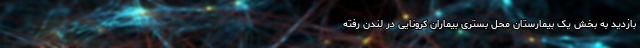
بازدید به بخش یک بیمارستان محل بستری بیماران کرونایی در لندن رفته